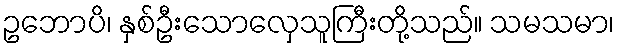
ဥဘောပိ၊ နှစ်ဦးသောလှေသူကြီးတို့သည်။ သမသမာ၊